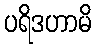
ပရိဒဟာမိ